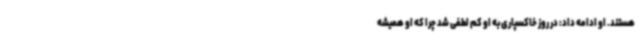
هستند. او ادامه داد: در روز خاکسپاری به او کم لطفی شد چرا که او همیشه